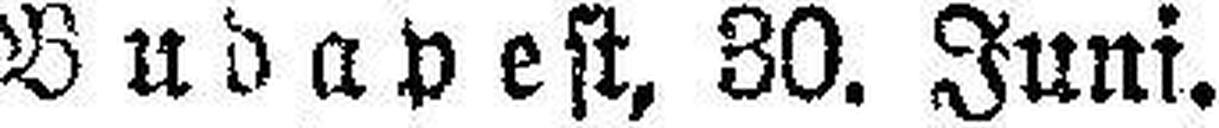
Budapest, 30. Juni.